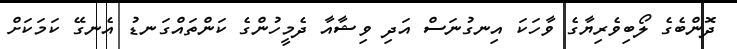
ދޮންބެގެ ލޯބިވެރިޔާގެ ވާހަކަ އިނގުނަސް އަދި ވިޝާއާ ދެމީހުންގެ ކަންތައްގަނޑު އެނގޭ ކަމަކަށް